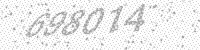
Solution: 698014